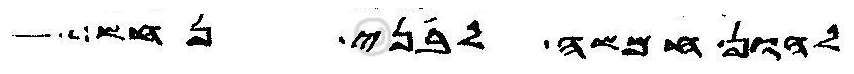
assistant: להון חמשה לבני נחש